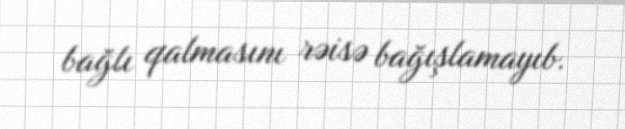
bağlı qalmasını rəisə bağışlamayıb.